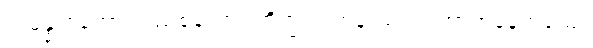
သမန္နာဂတော၊ ပြည့်စုံသော။ ဘိက္ခု၊ ရဟန်းသည်။ အာဟုနေတယျေ၊